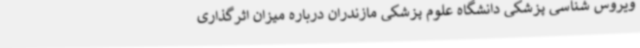
ویروس شناسی پزشکی دانشگاه علوم پزشکی مازندران درباره میزان اثرگذاری